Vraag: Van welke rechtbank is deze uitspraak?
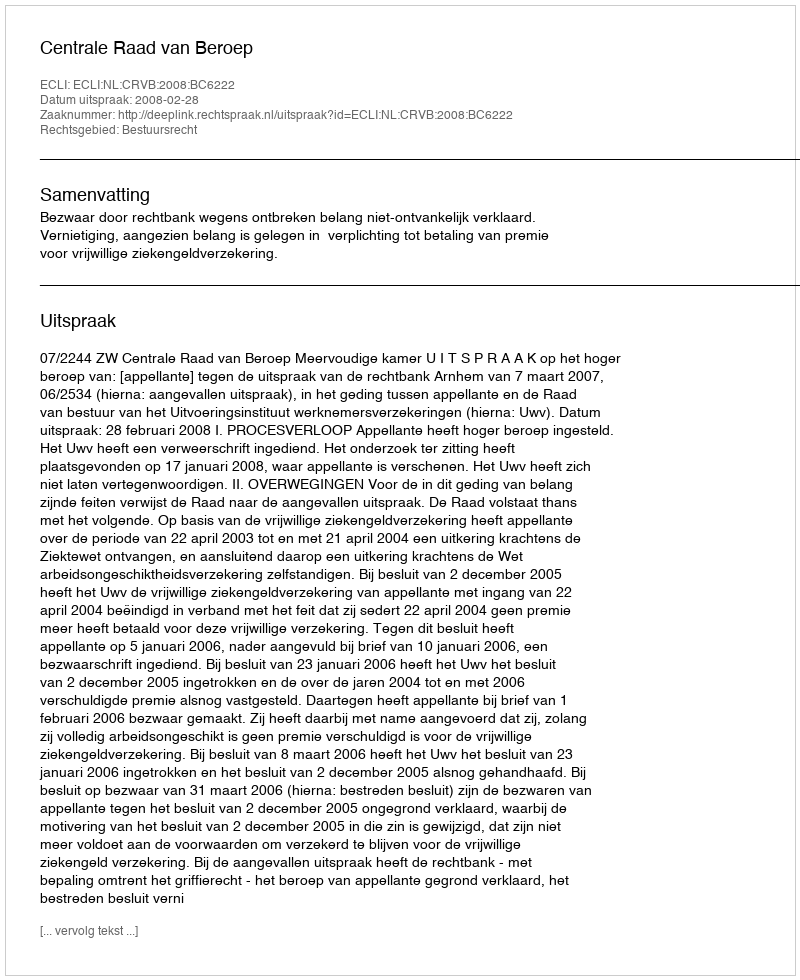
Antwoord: Centrale Raad van Beroep